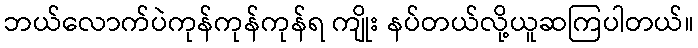
ဘယ်လောက်ပဲကုန်ကုန်ကုန်ရ ကျိုး နပ်တယ်လို့ယူဆကြပါတယ်။